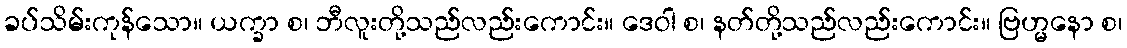
ခပ်သိမ်းကုန်သော။ ယက္ခာ စ၊ ဘီလူးတို့သည်လည်းကောင်း။ ဒေဝါ စ၊ နတ်တို့သည်လည်းကောင်း။ ဗြဟ္မနော စ၊